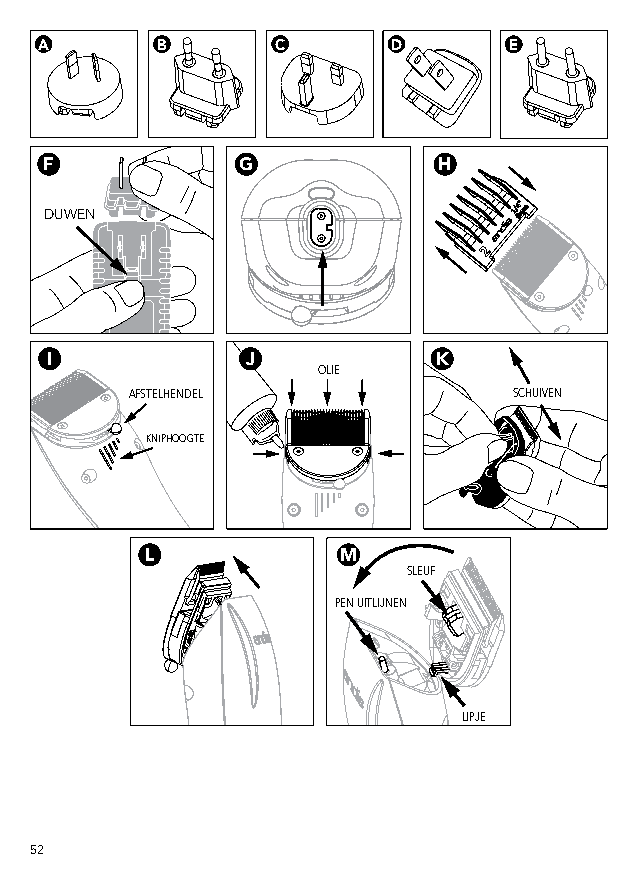
A      B       C       D       E
 F            G            H
 DUWEN
 I            J            K
 OLIE
 AFSTELHENDEL             SCHUIVEN
 KNIPHOOGTE
 L           M
 SLEUF
 PEN UITLIJNEN
 LIPJE
 52